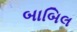
બાબિલ